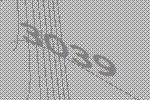
3039